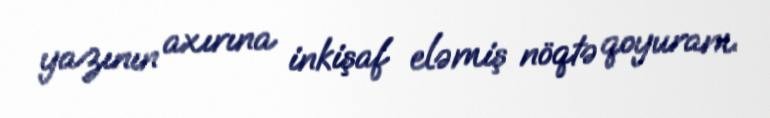
yazının axırına inkişaf eləmiş nöqtə qoyuram.